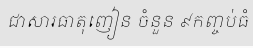
ជាសារធាតុញៀន ចំនួន ៩កញ្ចប់ធំ